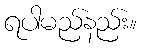
ရပါမည်နည်း။